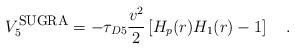
LaTeX: \begin{align*}V_5^{\mbox{\footnotesize{SUGRA}}} = -{\tau_{D5}} {\frac{v^2}{2}}\left[ H_p(r) H_1(r) -1 \right] \quad .\end{align*}